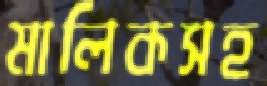
মালিকসহ